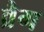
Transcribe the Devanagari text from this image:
व्रैग